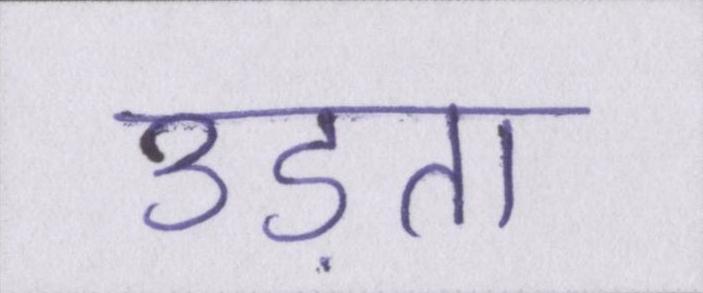
उड़ता